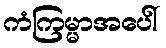
ကံကြမ္မာအပေါ်